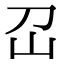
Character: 𡴻